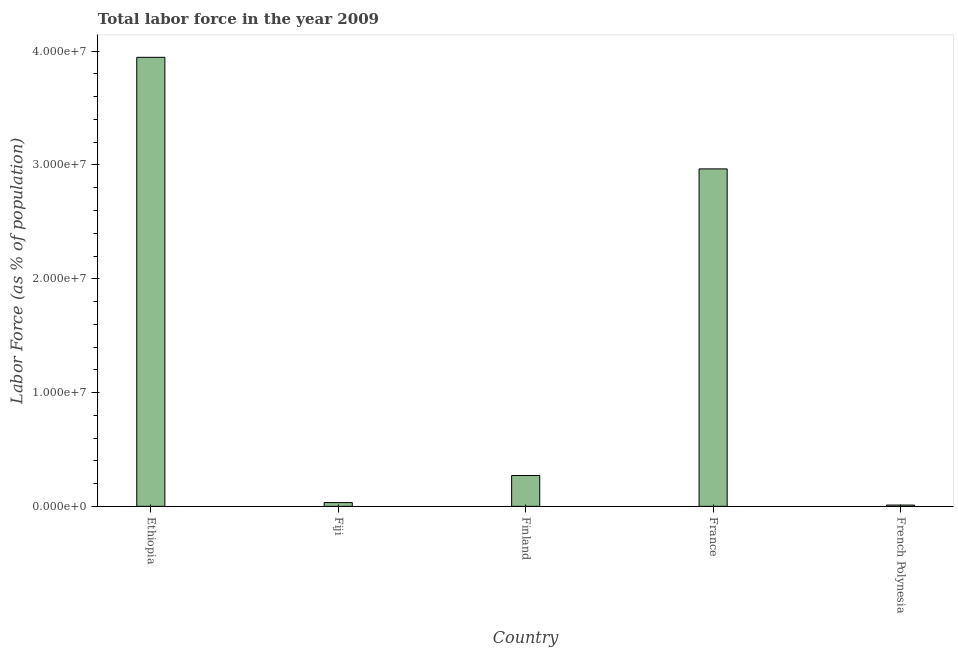
| Country | Labor force |
 | --- | --- |
 | Ethiopia | 3.95e+07 |
 | Fiji | 3.31e+05 |
 | Finland | 2.71e+06 |
 | France | 2.97e+07 |
 | French Polynesia | 1.12e+05 |